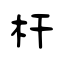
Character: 杆